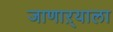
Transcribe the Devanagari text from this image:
जाणाऱ्याला